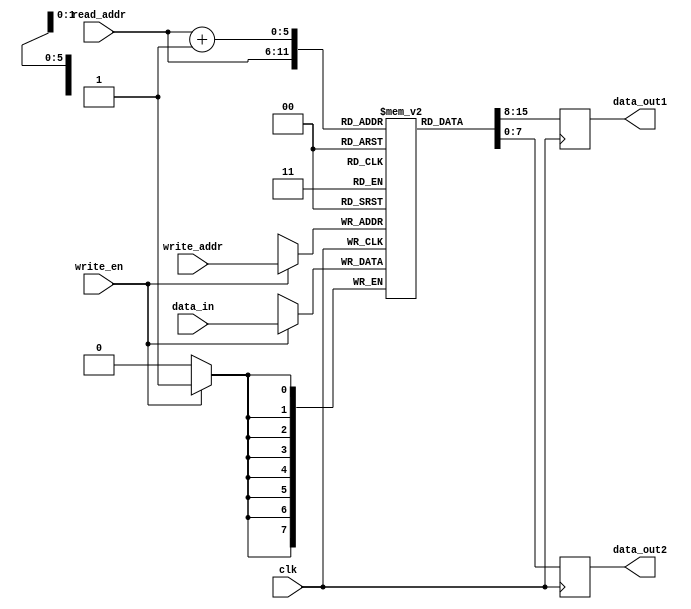
module dual_port_ram (
    input wire clk,
    input wire [7:0] data_in,
    input wire write_en,
    input wire [5:0] write_addr,
    input wire [5:0] read_addr,
    output reg [7:0] data_out1,
    output reg [7:0] data_out2
);

reg [7:0] memory [63:0];

always @(posedge clk) begin
    if (write_en) begin
        memory[write_addr] <= data_in;
    end
    data_out1 <= memory[read_addr];
    data_out2 <= memory[read_addr + 1];
end

endmodule